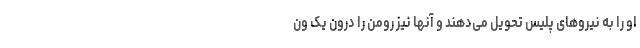
او را به نیروهای پلیس تحویل می‌دهند و آنها نیز رومن را درون یک ون